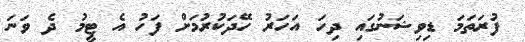
ފުރަތަމަ ޑިވިޝަނުގައި ދިހަ އަހަރު ހޭދަކުރުމަށް ފަހު އެ ޓީމު ދެ ވަނަ